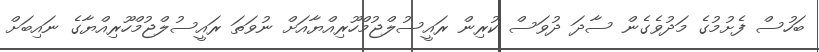
ބަހުސް ފެށުމުގެ މަދުވެގެން ސާދަ ދުވަސް ކުރިން ރައީސުލްޖުމްހޫރިއްޔާއަށް ނުވަތަ ރައީސުލްޖުމްހޫރިއްޔާގެ ނައިބަށް